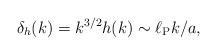
LaTeX: \begin{align*}\delta_h (k) = k^{3/2} h(k) \sim \ell_{\rm P} k/a,\end{align*}